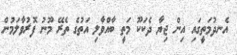
އެނދުމަތީގައި އިން ޖިޔާ ދެކަކޫ މަތީ ބާއްވާލި އަތުގެ ތެރޭ މޫނު ފޮރުވާލަމުން